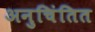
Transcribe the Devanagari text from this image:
अनुचिंतित